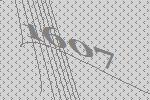
1607